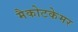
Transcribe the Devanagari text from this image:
मैकोटकेमर